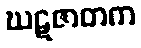
ဃဋဇာတက